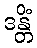
ဒန္တိံ